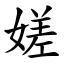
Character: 嫅